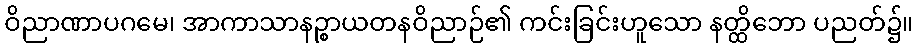
ဝိညာဏာပဂမေ၊ အာကာသာနဉ္စာယတနဝိညာဉ်၏ ကင်းခြင်းဟူသော နတ္ထိဘော ပညတ်၌။